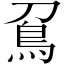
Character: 𠟀